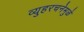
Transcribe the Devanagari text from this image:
व्युहरचनेमुळे